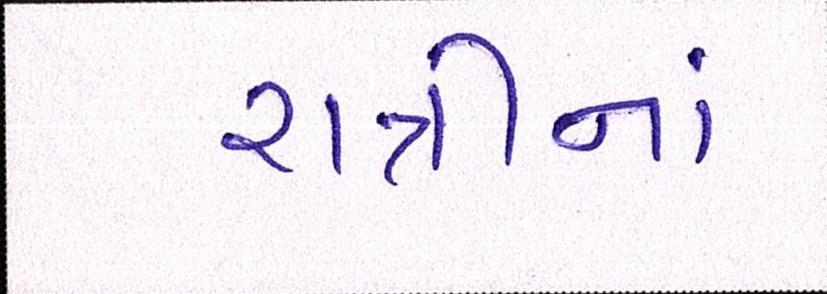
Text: રાત્રીનાં